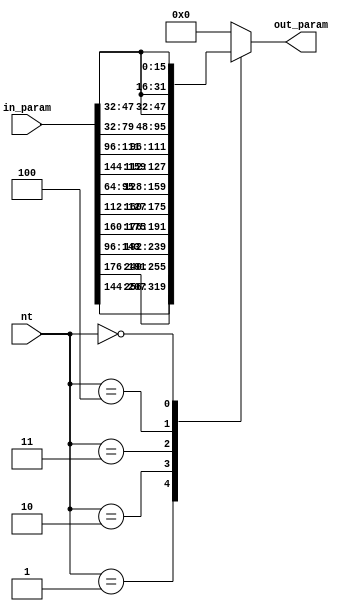
/*
MIT License

Copyright (c) 2019 Sneha D. Goenka, Yatish Turakhia, Gill Bejerano and William J. Dally

Permission is hereby granted, free of charge, to any person obtaining a copy
of this software and associated documentation files (the "Software"), to deal
in the Software without restriction, including without limitation the rights
to use, copy, modify, merge, publish, distribute, sublicense, and/or sell
copies of the Software, and to permit persons to whom the Software is
furnished to do so, subject to the following conditions:

The above copyright notice and this permission notice shall be included in all
copies or substantial portions of the Software.

THE SOFTWARE IS PROVIDED "AS IS", WITHOUT WARRANTY OF ANY KIND, EXPRESS OR
IMPLIED, INCLUDING BUT NOT LIMITED TO THE WARRANTIES OF MERCHANTABILITY,
FITNESS FOR A PARTICULAR PURPOSE AND NONINFRINGEMENT. IN NO EVENT SHALL THE
AUTHORS OR COPYRIGHT HOLDERS BE LIABLE FOR ANY CLAIM, DAMAGES OR OTHER
LIABILITY, WHETHER IN AN ACTION OF CONTRACT, TORT OR OTHERWISE, ARISING FROM,
OUT OF OR IN CONNECTION WITH THE SOFTWARE OR THE USE OR OTHER DEALINGS IN THE
SOFTWARE.
*/

//Converting nucleotide bases to the parameters from the W matrix
//
//W matrix is symmetric, hence we save the upper triangle, sub_N 
//and, gap_open and the gap_extend penalties


//    | A  | C  | G  | T
// A  | 13 | 12 | 11 | 10
// C  | 12 | 9  | 8  | 7
// G  | 11 | 8  | 6  | 5
// T  | 10 | 7  | 5  | 4
// sub_N - 3
// Gap_open - 2
// Gap_extend - 1
// numbers represent the element index of in-param
module Nt2Param #(
    parameter PE_WIDTH=16
)
(
    input [3:0] nt,
    input [13*PE_WIDTH-1:0] in_param,
    output reg [4*PE_WIDTH-1:0] out_param);

    localparam A=1, C=2, G=3, T=4, N=0;

    always @(*) begin
        case ({nt})
            A : out_param = {in_param[13*PE_WIDTH-1:9*PE_WIDTH]};
            C : out_param = {in_param[12*PE_WIDTH-1:11*PE_WIDTH], in_param[9*PE_WIDTH-1:6*PE_WIDTH]};
            G : out_param = {in_param[11*PE_WIDTH-1:10*PE_WIDTH], in_param[8*PE_WIDTH-1:7*PE_WIDTH], in_param[6*PE_WIDTH-1:4*PE_WIDTH]};
            T : out_param = {in_param[10*PE_WIDTH-1:9*PE_WIDTH], in_param[7*PE_WIDTH-1:6*PE_WIDTH], in_param[5*PE_WIDTH-1:3*PE_WIDTH]};
            N : out_param = {in_param[3*PE_WIDTH-1:2*PE_WIDTH], in_param[3*PE_WIDTH-1:2*PE_WIDTH], in_param[3*PE_WIDTH-1:2*PE_WIDTH], in_param[3*PE_WIDTH-1:2*PE_WIDTH]};
            default : out_param = {{(4*PE_WIDTH){1'b0}}};
        endcase
    end

endmodule